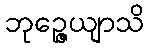
ဘုဉ္ဇေယျာသိ